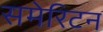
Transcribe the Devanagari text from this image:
समेरिटन